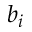
b _ { i }